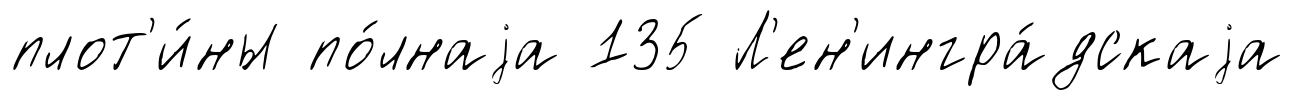
плот'и́ны по́лнаjа 135 Л'ен'ингра́дскаjа